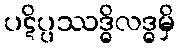
ပဋိပ္ပဿဒ္ဓိလဒ္ဓမှိ